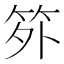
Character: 𬔷